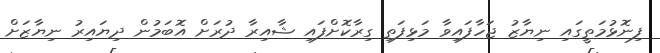
ފިނޮޅުމަތީގައި ނިޔާޒު ޖަހާފައިވާ މަޅިފަތި ގިރާކޮށްފައި ޝާއިރާ ދުރަށް އޮބަމުން ދިޔައިރު ނިޔާޒަށް